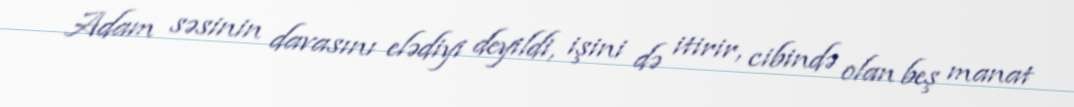
Adam səsinin davasını elədiyi deyildi, işini də itirir, cibində olan beş manat